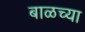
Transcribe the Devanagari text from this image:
बाळच्या